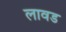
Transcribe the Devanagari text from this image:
लावड